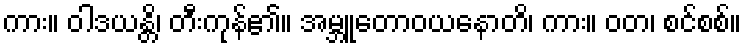
ကား။ ဝါဒယန္တိ၊ တီးကုန်၏။ အမ္ဘူတောဝယနောတိ၊ ကား။ ဝတ၊ စင်စစ်။